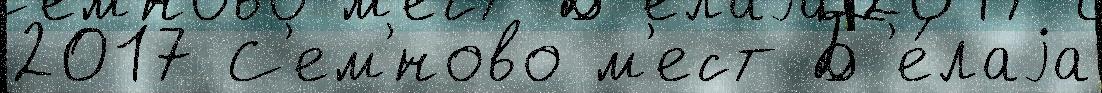
2017 С'ем'́ново м'ест Б'е́лаjа